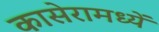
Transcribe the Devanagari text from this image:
कासेरामध्यें